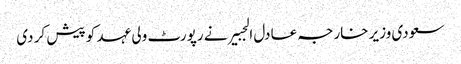
سعودی وزیر خارجہ عادل الجبیر نے رپورٹ ولی عہد کو پیش کر دی